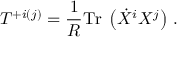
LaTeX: { \cal T } ^ { + i ( j ) } = \frac { 1 } { R } \mathrm { T r } \; \left( \dot { X } ^ { i } X ^ { j } \right) \, .